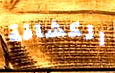
الكشافة